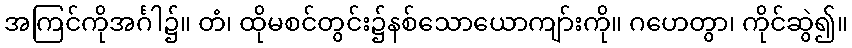
အကြင်ကိုအင်္ဂါ၌။ တံ၊ ထိုမစင်တွင်း၌နစ်သောယောကျာ်းကို။ ဂဟေတွာ၊ ကိုင်ဆွဲ၍။